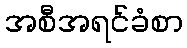
အစီအရင်ခံစာ